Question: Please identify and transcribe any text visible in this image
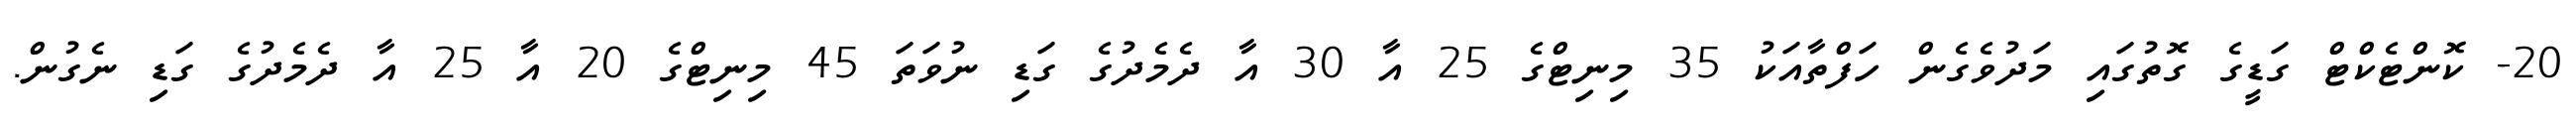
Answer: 20- ކޮންޓެކްޓް ގަޑީގެ ގޮތުގައި މަދުވެގެން ހަފްތާއަކު 35 މިނިޓްގެ 25 އާ 30 އާ ދެމެދުގެ ގަޑި ނުވަތަ 45 މިނިޓްގެ 20 އާ 25 އާ ދެމެދުގެ ގަޑި ނެގުން.